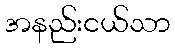
အနည်းငယ်သာ